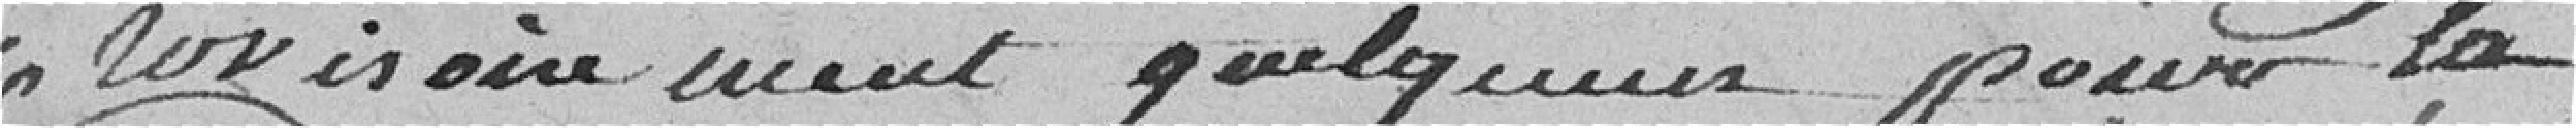
provisoirement quelques jours la